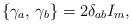
LaTeX: \begin{align*}\left\{\gamma_a,\, \gamma_b\right\}=2\delta_{ab}I_m,\end{align*}